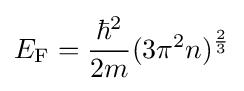
E_{\rm {F}}={\frac {\hbar ^{2}}{2m}}(3\pi ^{2}n)^{\frac {2}{3}}